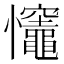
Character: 𢥼